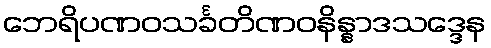
ဘေရိပဏဝသင်္ခတိဏဝနိန္နာဒသဒ္ဒေန